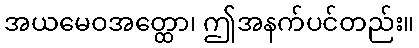
အယမေဝအတ္ထော၊ ဤအနက်ပင်တည်း။